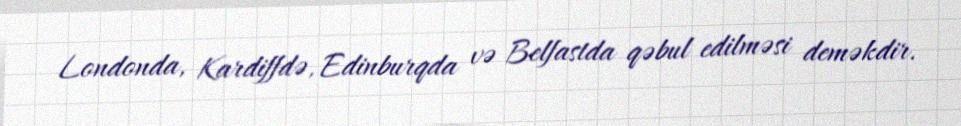
Londonda, Kardiffdə, Edinburqda və Belfastda qəbul edilməsi deməkdir.